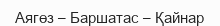
Аягөз – Баршатас – Қайнар